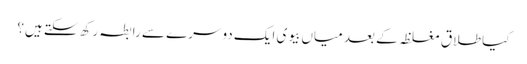
کیا طلاق مغلظہ کے بعد میاں بیوی ایک دوسرے سے رابطہ رکھ سکتے ہیں؟